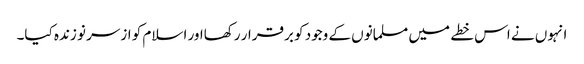
انہوں نے اس خطے میں مسلمانوں کے وجود کو برقرار رکھااور اسلام کو ازسر نو زندہ کیا۔